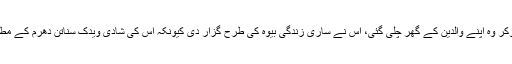
عورت نے ایک مدت تک انتظار کیا اور پھر مایوس ہوکر وہ اپنے والدین کے گھر چلی گئی، اس نے ساری زندگی بیوہ کی طرح گزار دی کیونکہ اس کی شادی ویدک سناتن دھرم کے مطابق ہوئی تھی جہاں طلاق کا کوئی تصور ہی نہیں ہے۔